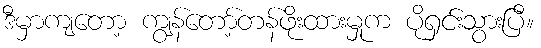
ဒီမှာကျတော့ ကျွန်တော့်တန်ဖိုးထားမှုက ပိုရှင်းသွားပြီ။